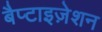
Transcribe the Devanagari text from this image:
बैप्टाइज़ेशन